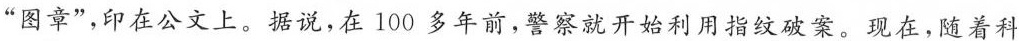
”图章”，印在公文上。据说，在100多年前，警察就开始利用指纹破案。现在，随着科